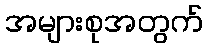
အများစုအတွက်